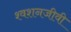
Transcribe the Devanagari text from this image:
श्वशनजीवी